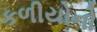
કળીયોનો